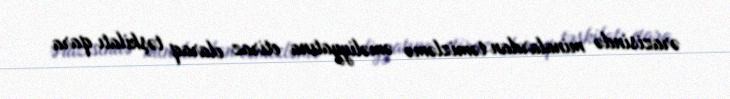
ərazisində minalardan təmizləmə əməliyyatına etiraz olaraq təşkilatı qara